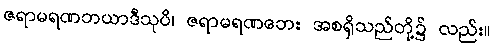
ဇရာမရဏဘယာဒီသုပိ၊ ဇရာမရဏဘေး အစရှိသည်တို့၌ လည်း။